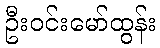
ဦးဝင်းမော်ထွန်း